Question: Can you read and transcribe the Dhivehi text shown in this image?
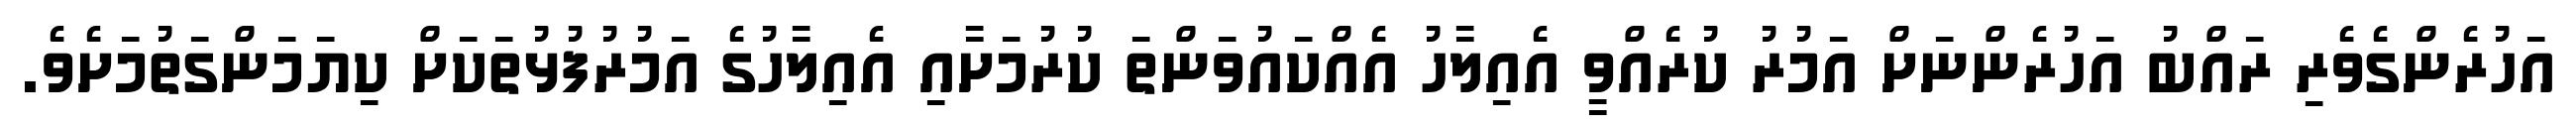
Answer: އަހުރެންގެވެރި ރައްބު އަހުރެންނަށް އަމުރު ކުރެއްވީ އެއިލާހު އެއްކައުވަންތަ ކުރުމަށާއި އެއިލާހުގެ އަމުރުފުޅުތަކަށް ކިޔަމަންގަތުމަށެވެ.